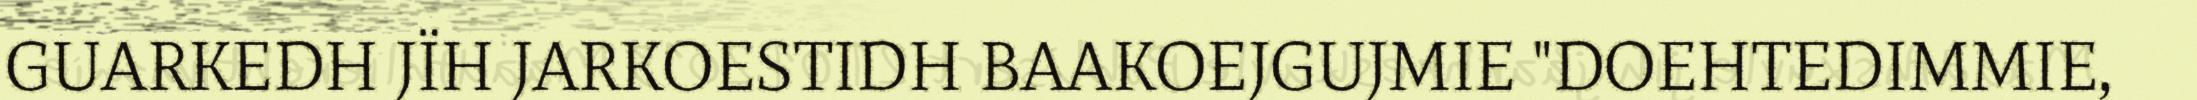
GUARKEDH JÏH JARKOESTIDH BAAKOEJGUJMIE "DOEHTEDIMMIE,